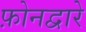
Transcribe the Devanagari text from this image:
फ़ोनद्वारे